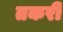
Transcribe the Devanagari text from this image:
तकरी